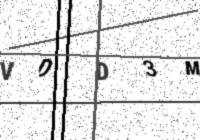
Text: VDD3M